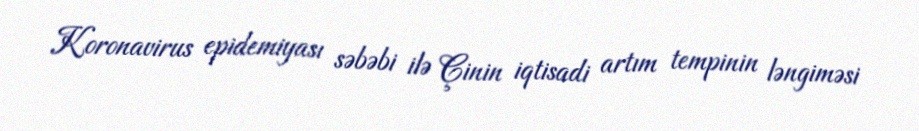
Koronavirus epidemiyası səbəbi ilə Çinin iqtisadi artım tempinin ləngiməsi